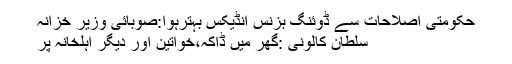
حکومتی اصلاحات سے ڈوئنگ بزنس انڈیکس بہترہوا:صوبائی وزیر خزانہ
سلطان کالونی :گھر میں ڈاکہ،خواتین اور دیگر اہلخانہ پر